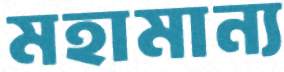
মহামান্য